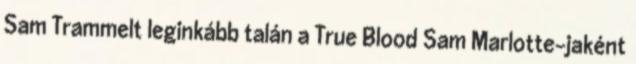
Sam Trammelt leginkább talán a True Blood Sam Marlotte-jaként